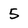
Character: 5